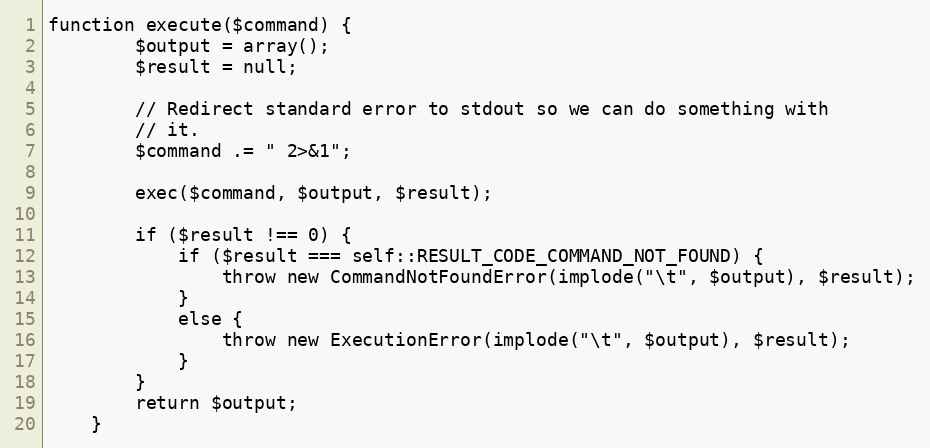
Language: PHP
function execute($command) {
        $output = array();
        $result = null;

        // Redirect standard error to stdout so we can do something with
        // it.
        $command .= " 2>&1";

        exec($command, $output, $result);

        if ($result !== 0) {
            if ($result === self::RESULT_CODE_COMMAND_NOT_FOUND) {
                throw new CommandNotFoundError(implode("\t", $output), $result);
            }
            else {
                throw new ExecutionError(implode("\t", $output), $result);
            }
        }
        return $output;
    }